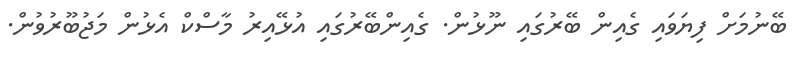
ބޭނުމަށް ފިޔަވައި ގެއިން ބޭރުގައި ނޫޅުން. ގެއިންބޭރުގައި އުޅޭއިރު މާސްކް އެޅުން މަޖުބޫރުވުން.